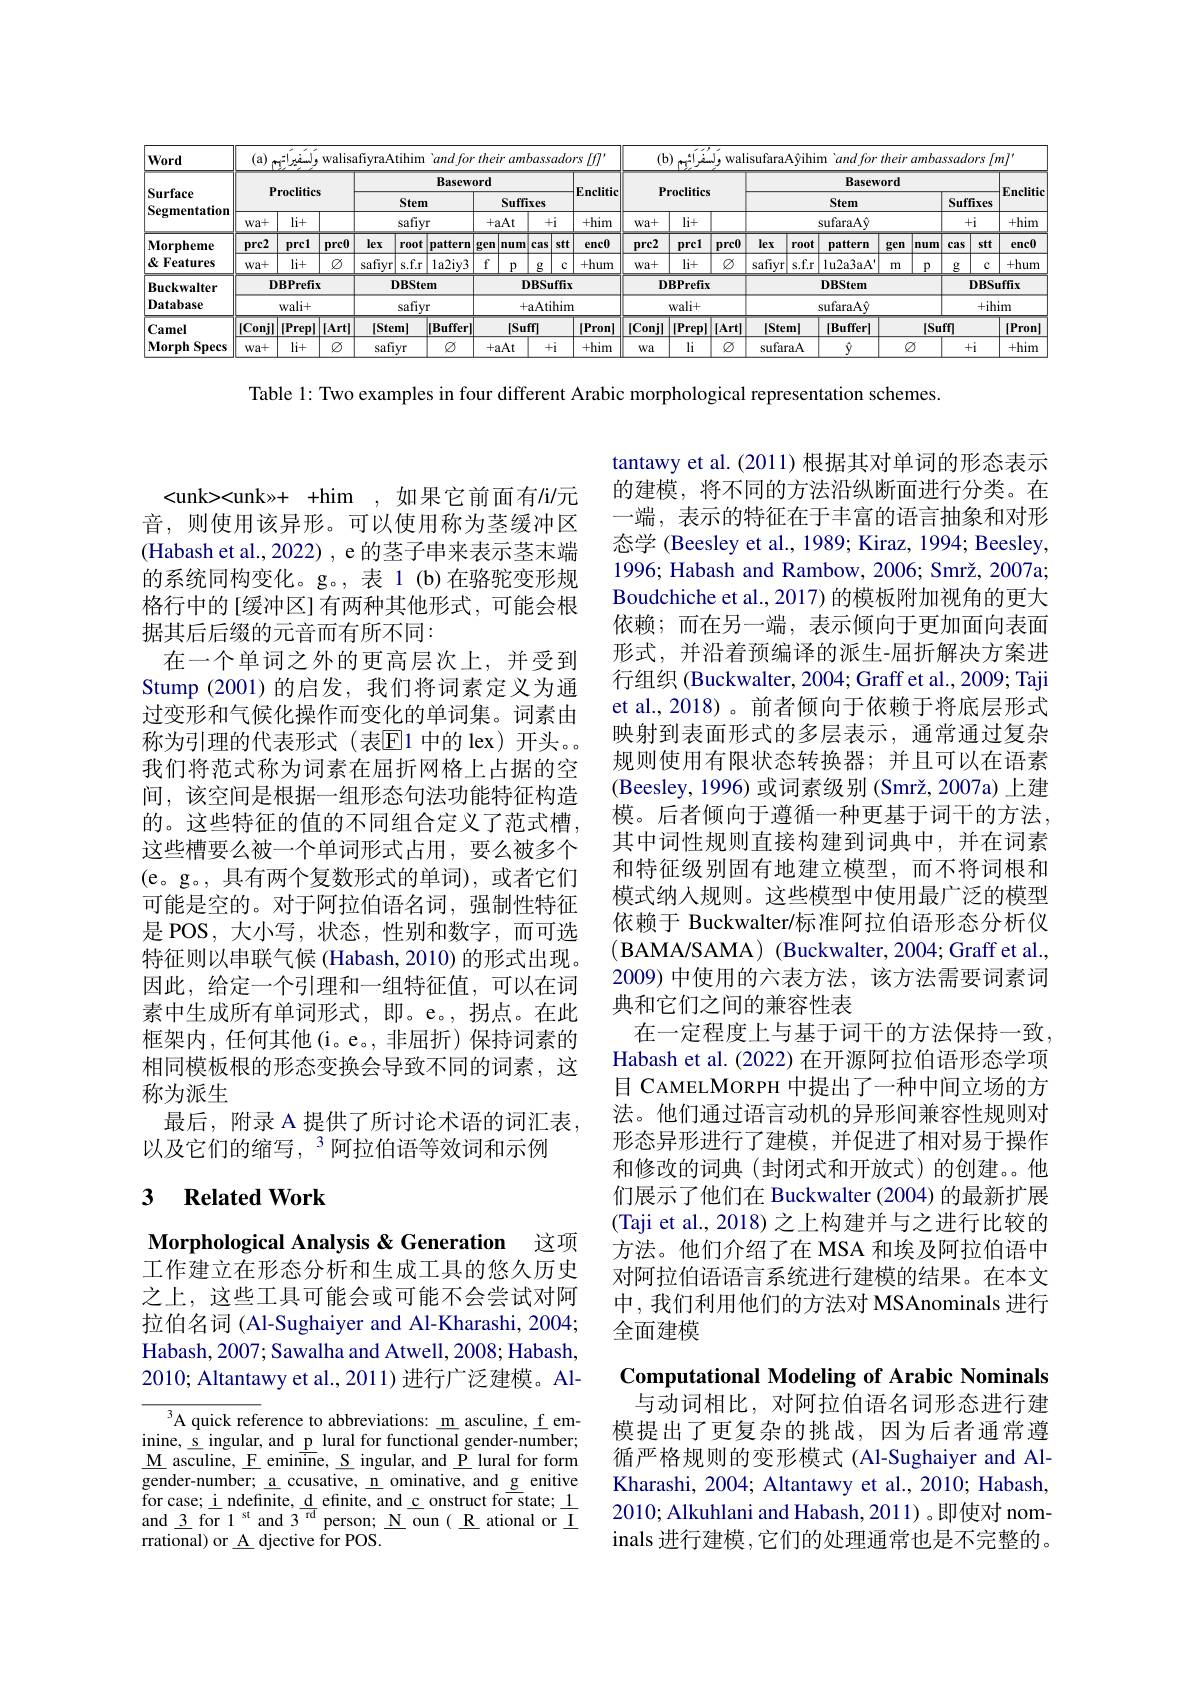
<table>
	<tbody>
		<tr>
			<th rowspan="5">Word Surface Segmentation Morpheme</th>
			<th>(a) </th>
			<th>ولسغيرات, $\therefore$ $\therefore$</th>
			<th colspan="7">walisafiyraAtihim 'and for their ambassadors [f]"</th>
			<th>$(\mathbf{b}$</th>
			<th colspan="9">walisufaraA§ihim 'and for their ambassadors [m] $b)$ I AM. U</th>
		</tr>
		<tr>
			<th colspan="3">Proclitics</th>
			<th> </th>
			<th>Basew</th>
			<th>$rd$</th>
			<th>I</th>
			<th> </th>
			<th> </th>
			<th colspan="7">Proclitics</th>
			<th colspan="4">Baseword Stem</th>
			<th> </th>
			<th> </th>
			<th rowspan="4">Enclitie +him enc0</th>
		</tr>
		<tr>
			<th colspan="3">Proclitics</th>
			<th colspan="2">Dhucmon Stem</th>
			<th colspan="3">Suffixes</th>
			<th rowspan="3">Enclitic +him enc0</th>
			<th colspan="3">Stem</th>
			<th colspan="2">Suffixes 1</th>
		</tr>
		<tr>
			<th rowspan="2">$wa+$ $prc2$</th>
			<th rowspan="2">$li+$ prcl</th>
			<th> </th>
			<th>saf</th>
			<th>iyr</th>
			<th>+aAt</th>
			<th>+aAt</th>
			<th>$+i$</th>
			<th>$wa+$</th>
			<th>$li+$</th>
			<th> </th>
			<th> </th>
			<th> </th>
			<th>sufaraA$\hat{y}$</th>
			<th> </th>
			<th> </th>
			<th>+i</th>
		</tr>
		<tr>
			<th>prc0</th>
			<th>lex $r04$</th>
			<th>$jt$ pattern</th>
			<th>gen nu</th>
			<th>n num</th>
			<th>stt cas</th>
			<th>prc2</th>
			<th>2 prc</th>
			<th>prc0</th>
			<th>$rc0$ T 1 1</th>
			<th>root $x$</th>
			<th>pattern</th>
			<th>gen</th>
			<th>lum $c$</th>
			<th>stt 15</th>
		</tr>
		<tr>
			<td>${\mathfrak{Q}}$ Features</td>
			<td>$wa+$</td>
			<td>$li+$</td>
			<td>$\textcircled{2}$</td>
			<td>safiyr s. f</td>
			<td>$1a2iy3$ $.r$</td>
			<td>f $p$</td>
			<td>$p$</td>
			<td>$g$ $C$</td>
			<td>+hum</td>
			<td>$wa+$</td>
			<td>$li+$</td>
			<td>$\textcircled{2}$</td>
			<td>$\emptyset$ Sé</td>
			<td>s.f.r iyr</td>
			<td>$1u2a3aA$</td>
			<td>m</td>
			<td>$p$</td>
			<td>$c$ 5</td>
			<td>+hum</td>
		</tr>
		<tr>
			<td>Buckwalter</td>
			<td colspan="3">DBPrefix</td>
			<td colspan="2">DBStem</td>
			<td> </td>
			<td>$\Gamma$</td>
			<td>BSuffi</td>
			<td> </td>
			<td colspan="3">DBPrefix</td>
			<td> </td>
			<td colspan="3">DBStem</td>
			<td colspan="2">DBSuffix</td>
			<td>uffix</td>
		</tr>
		<tr>
			<td>Database</td>
			<td colspan="3">$wali+$</td>
			<td colspan="2">safiyr</td>
			<td> </td>
			<td>+</td>
			<td>$\iota Atihir$</td>
			<td> </td>
			<td> </td>
			<td colspan="3">$wali+$</td>
			<td colspan="2">sufaraA$\hat{y}$</td>
			<td colspan="3">$\hat{y}$ +ih</td>
			<td>im</td>
		</tr>
		<tr>
			<td rowspan="2">$\mathbf{Camel}$ $\mathbf{Morph}$ Specs</td>
			<td>$|Conj|$</td>
			<td>[Prep]</td>
			<td>[Art]</td>
			<td>|Stem|</td>
			<td>$|Buffer|$</td>
			<td colspan="3">ISuff</td>
			<td>$[Pron]$</td>
			<td>$|Conj|$</td>
			<td colspan="2">Conjl $|Prep|$ ||IArtl</td>
			<td>$\iota rtl$</td>
			<td colspan="2">|Stem| $[Buffer]$</td>
			<td rowspan="1">ISuff</td>
			<td colspan="2">$[Suff]$</td>
			<td>$[Pron]$</td>
		</tr>
		<tr>
			<td>$wa+$</td>
			<td>$li+$ </td>
			<td>$\textcircled{2}$</td>
			<td>safiyr</td>
			<td>$\textcircled{2}$</td>
			<td colspan="3">+aAt +i</td>
			<td>+him</td>
			<td>$Wa$</td>
			<td>li</td>
			<td>$\textcircled{2}$</td>
			<td>$\textcircled{2}$</td>
			<td>faraA</td>
			<td> </td>
			<td>$Q$</td>
			<td> </td>
			<td>$+i$</td>
			<td>+him</td>
		</tr>
	</tbody>
</table>

Table 1: Two examples in four different Arabic morphological representation schemes.

<unk><unk»+ +him , 如果它前面有/i/元音，则使用该异形。可以使用称为茎缓冲区(Habash et al., 2022) , e 的茎子串来表示茎末端的系统同构变化。g。,表 1(b)在骆驼变形规格行中的[缓冲区]有两种其他形式，可能会根据其后后缀的元音而有所不同：
在一个单词之外的更高层次上，并受到Stump (2001)的启发，我们将词素定义为通过变形和气候化操作而变化的单词集。词素由称为引理的代表形式(表$\overline{\mathrm{E}}$1中的 lex)开头。我们将范式称为词素在屈折网格上占据的空间，该空间是根据一组形态句法功能特征构造的。这些特征的值的不同组合定义了范式槽， 这些槽要么被一个单词形式占用，要么被多个(e。g。, 具有两个复数形式的单词),或者它们可能是空的。对于阿拉伯语名词，强制性特征是 POS, 大小写，状态，性别和数字，而可选特征则以串联气候 (Habash, 2010) 的形式出现。因此，给定一个引理和一组特征值，可以在词素中生成所有单词形式，即。e。,拐点。在此框架内，任何其他(i。e。,非屈折)保持词素的相同模板根的形态变换会导致不同的词素，这称为派生
最后，附录 A 提供了所讨论术语的词汇表，
以及它们的缩写，$^{3}$阿拉伯语等效词和示例

tantawy et al.(2011)根据其对单词的形态表示的建模，将不同的方法沿纵断面进行分类。在一端，表示的特征在于丰富的语言抽象和对形态学 (Beesley et al., 1989; Kiraz, 1994; Beesley, 1996; Habash and Rambow, 2006; Smrž, 2007a; Boudchiche et al., 2017) 的模板附加视角的更大依赖；而在另一端，表示倾向于更加面向表面形式，并沿着预编译的派生-屈折解决方案进行组织 (Buckwalter, 2004; Graff et al., 2009; Taji et al., 2018)。前者倾向于依赖于将底层形式映射到表面形式的多层表示，通常通过复杂规则使用有限状态转换器；并且可以在语素(Beesley, 1996) 或词素级别 (Smrž, 2007a) 上建模。后者倾向于遵循一种更基于词干的方法， 其中词性规则直接构建到词典中，并在词素和特征级别固有地建立模型，而不将词根和模式纳人规则。这些模型中使用最广泛的模型依赖于 Buckwalter/标准阿拉伯语形态分析仪(BAMA/SAMA) (Buckwalter, 2004; Graff et al., 2009) 中使用的六表方法，该方法需要词素词典和它们之间的兼容性表
在一定程度上与基于词干的方法保持一致， Habash et al. (2022) 在开源阿拉伯语形态学项目 CAMELMORPH 中提出了一种中间立场的方法。他们通过语言动机的异形间兼容性规则对形态异形进行了建模，并促进了相对易于操作和修改的词典(封闭式和开放式)的创建。他们展示了他们在 Buckwalter (2004) 的最新扩展(Taji et al., 2018) 之上构建并与之进行比较的方法。他们介绍了在 MSA 和埃及阿拉伯语中对阿拉伯语语言系统进行建模的结果。在本文中，我们利用他们的方法对 MSAnominals 进行全面建模

## $\textbf{3}$ $\textbf{Related Work}$

Morphological Analysis &Generation 这项工作建立在形态分析和生成工具的悠久历史之上，这些工具可能会或可能不会尝试对阿拉伯名词 (Al-Sughaiyer and Al-Kharashi, 2004; Habash, 2007; Sawalha and Atwell, 2008; Habash, 2010; Altantawy et al., 2011)进行广泛建模。Al-

Computational Modeling of Arabic Nominals 与动词相比，对阿拉伯语名词形态进行建
模提出了更复杂的挑战，因为后者通常遵循严格规则的变形模式(Al-Sughaiyer and AlKharashi, 2004; Altantawy et al., 2010; Habash, 2010; Alkuhlani and Habash, 2011) 。即使对 nominals 进行建模 ,它们的处理通常也是不完整的。

A quick reference to abbreviations: m asculine, f eminine, s ingular, and $\underline{\mathrm{p}}$ lural for functional gender-number; $\underline{\mathrm{M}}$ asculine, F eminine, S ingular, and P lural for form gender-number; a ccusative, n ominative, and g enitive for case; i ndefinite, $\underline{\mathrm{d}}\underline{\mathrm{d}}\underline{\mathrm{efinite,~and~c~onstruct~for~state;~1}}$ and\_3for\_1$^\text{st}$and$3^\text{rd}$person;\_Noun$(\underline{\mathrm{R}}$ational or\_I rrational) or A djective for POS.